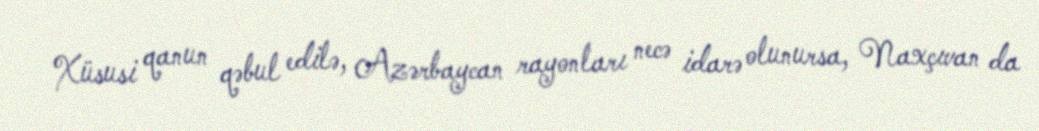
Xüsusi qanun qəbul edilə, Azərbaycan rayonları necə idarə olunursa, Naxçıvan da